Annual report of the Civil Veterinary Department, Bengal, for the year 1896-97 - 1896-1897
Year: 1896
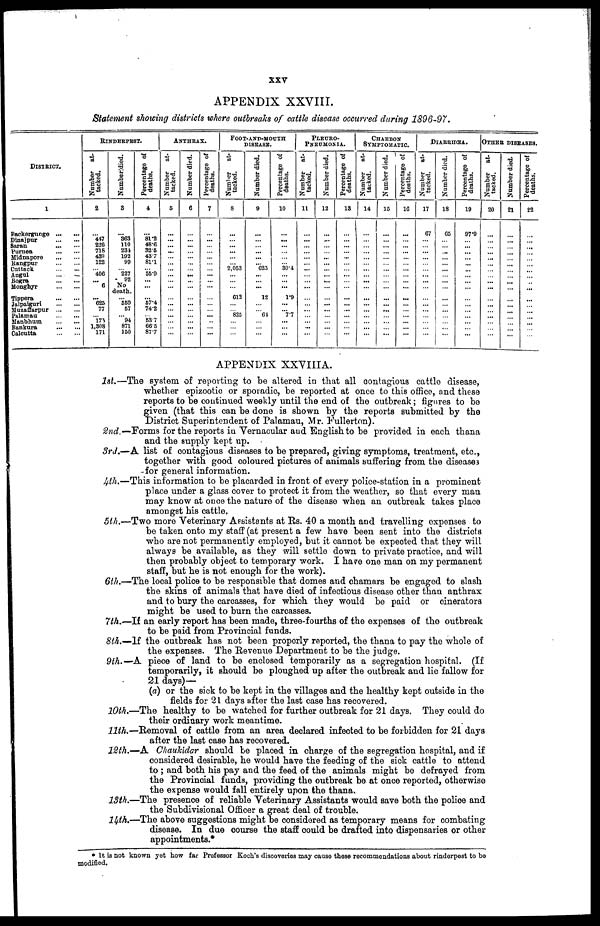
XXV
APPENDIX XXVIII.
Statement showing districts where outbreaks of cattle disease occurred during 1896-97.
DISTRICT.
1
Backergunge ... ...
Dinajpur
...
...
Saran ... ...
Purnea
...
...
Midnapore ... ...
Rangpur
...
...
Cuttack
...
...
Angul ... ...
Bogra
...
...
Monghyr
...
...
Tippera
...
...
Jalpaiguri
...
...
Muzaffarpur ... ...
Palamau
...
...
Manbhutn
...
...
Bankura
...
...
Calcutta
RINDERPEST.
Number
at-
tacked.
2
...
447
226
718
439
122
406
... 6
...
625 77
173
1,308
171
Number died.
3
...
363
110
231
192
99
227
92
No
death.
...
359 67
94
871
150
Percentage of
deaths.
4
...
81.2
48.6
326
437
81.1
55.9
...
...
...
57.4 74.2
... 53.7
665
87.7
ANTHRAX.
Number
at-
tacked.
5
...
...
... ...
...
...
...
...
...
...
...
... ...
...
...
...
...
Number died.
6
...
... ...
...
... ...
...
...
...
... ...
...
...
...
...
Percentage of
deaths.
7
...
...
...
...
...
...
... ...
...
...
...
... ... ...
...
...
FOOT-AND-MOUTH
DISEASE.
Number
at-
tacked.
8
...
... ...
...
...
2,053
...
...
...
612
...
... 825
...
...
...
Number died.
9
...
...
...
... ...
... 625
...
... ...
12
...
... 64
...
... ...
Percentage of
deaths.
10
...
...
...
...
...
... 30.4
...
...
...
1.9
...
... 7.7
...
...
...
PLEURO-
PNEUMONIA.
Number
at-
tacked.
11
...
...
...
...
...
...
...
...
...
...
...
... ...
... ...
...
Number died.
12
...
...
...
...
...
...
...
...
...
...
...
... ...
...
...
...
...
Percentage of
deaths.
13
...
...
...
... ...
...
... ...
...
...
...
... ...
...
...
... ...
CHARBON
SYMPTOMATIC.
Number
at-
tacked.
14
...
...
... ...
...
... ...
...
...
...
...
...
...
... ...
...
Number died.
15
...
...
...
...
...
...
...
...
...
...
...
... ...
...
...
...
...
Percentage of
deaths.
16
...
...
...
...
...
... ...
...
...
...
...
...
...
...
...
...
...
DIARRIIŒA.
Number
at-
tacked.
17
67
...
...
...
...
...
...
...
...
...
... ...
...
...
...
...
Number died.
18
65
...
... ...
...
... ...
...
...
...
...
...
...
...
...
...
Percentage of
deaths.
19
97.9
...
... ...
...
...
...
...
...
... ... ...
...
...
...
OTHER DISEASES.
Number
at-
tacked.
20
...
...
...
...
...
...
...
...
...
...
...
... ...
...
...
...
...
Number died.
21
...
...
...
...
...
...
...
...
...
...
...
... ...
...
...
...
...
Percentage of
deaths.
22
...
...
...
...
...
...
...
...
...
...
...
... ...
...
...
...
...
APPENDIX XXVIIIA.
1st.—The system of reporting to be altered in that all contagious cattle disease,
whether epizootic or sporadic, he reported at once to this office, and these
reports to he continued weekly until the end of the outbreak; figures to be
given (that this can be done is shown by the reports submitted by the
District Superintendent of Palamau, Mr. Fullerton).
2nd.— Forms for the reports in Vernacular and English to be provided in each thana
and the supply kept up.
3rd.—A list of contagious diseases to be prepared, giving symptoms, treatment, etc.,
together with good coloured pictures of animals suffering from the diseases
for general information.
4th.—This information to be placarded in front of every police-station in a prominent
place under a glass cover to protect it from the weather, so that every man
may know at once the nature of the disease when an outbreak takes place
amongst his cattle.
5th.—Two more Veterinary Assistants at Rs. 40 a month and travelling expenses to
be taken onto my staff (at present a few have been sent into the districts
who are not permanently employed, but it cannot be expected that they will
always be available, as they will settle down to private practice, and will
then probably object to temporary work. I have one man on my permanent
staff, but he is not enough for the work).
6th.—The local police to be responsible that domes and chamars be engaged to slash
the skins of animals that have died of infectious disease other than anthrax
and to bury the carcasses, for which they would be paid or cinerators
might be used to burn the carcasses.
7th.—If an early report has been made, three-fourths of the expenses of the outbreak
to be paid from Provincial funds.
8th.—If the outbreak has not been properly reported, the thana to pay the whole of
the expenses. The Revenue Department to be the judge.
9th.-A
piece of land to be enclosed temporarily as a segregation hospital. (If
temporarily, it should be ploughed up after the outbreak and lie fallow for
21 days)—
(a) or the sick to be kept in the villages and the healthy kept outside in the
fields for 21 days after the last case has recovered.
10th.—The healthy to be watched for further outbreak for 21 days. They could do
their ordinary work meantime.
11th.—Removal of cattle from an area declared infected to be forbidden for 21 days
after the last case has recovered.
12th.—A Chaukidar should be placed in charge of the segregation hospital, and if
considered desirable, he would have the feeding of the sick cattle to attend
to ; and both his pay and the feed of the animals might be defrayed from
the Provincial funds, providing the outbreak be at once reported, otherwise
the expense would fall entirely upon the thana.
13th.—The presence of reliable Veterinary Assistants would save both the police and
the Subdivisional Officer a great deal of trouble.
14th.—The above suggestions might be considered as temporary means for combating
disease. In due course the staff could be drafted into dispensaries or other
appointments.*
* It is not known yet how far Professor Koch's discoveries may cause these recommendations about rinderpest to be
modified.